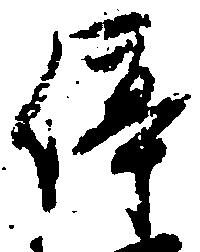
停